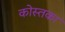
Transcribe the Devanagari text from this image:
कोस्तका